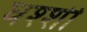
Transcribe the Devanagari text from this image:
घश्शी